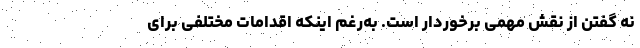
نه گفتن از نقش مهمی برخوردار است. به‌رغم اینکه اقدامات مختلفی برای